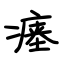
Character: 瘗